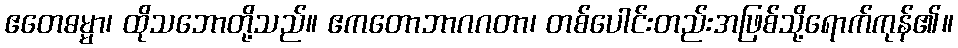
ဧတေဓမ္မာ၊ ထိုသဘောတို့သည်။ ဧကတောဘာဂဂတာ၊ တစ်ပေါင်းတည်းအဖြစ်သို့ရောက်ကုန်၏။